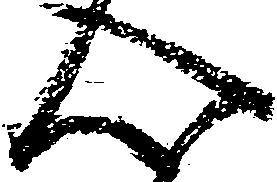
心